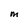
Character: M